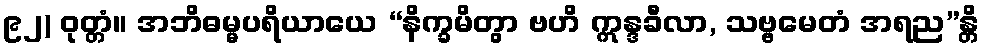
၉၂) ဝုတ္တံ။ အဘိဓမ္မပရိယာယေ “နိက္ခမိတွာ ဗဟိ ဣန္ဒခီလာ, သဗ္ဗမေတံ အရည”န္တိ